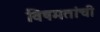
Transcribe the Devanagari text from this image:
विषमतांची